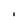
Character: i